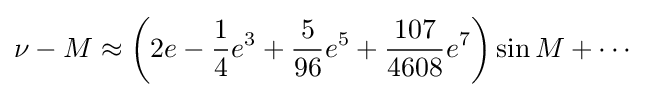
\nu -M\approx \left(2e-{\frac {1}{4}}e^{3}+{\frac {5}{96}}e^{5}+{\frac {107}{4608}}e^{7}\right)\sin M+\cdots